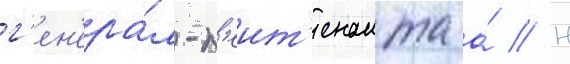
г'ен'ера́л-л'еит'енанта а́ // Н